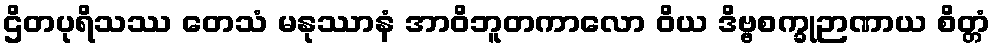
ဌိတပုရိသဿ တေသံ မနုဿာနံ အာဝိဘူတကာလော ဝိယ ဒိဗ္ဗစက္ခုဉာဏာယ စိတ္တံ